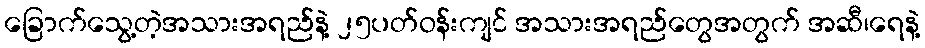
ခြောက်သွေ့တဲ့အသားအရည်နဲ့ ၂၅ပတ်ဝန်းကျင် အသားအရည်တွေအတွက် အဆီ၊ရေနဲ့